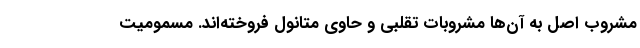
مشروب اصل به آن‌ها مشروبات تقلبی و حاوی متانول فروخته‌اند. مسمومیت